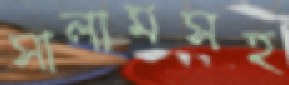
সালামসহ